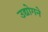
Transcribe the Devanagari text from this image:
उद्योगने